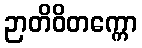
ဉာတိဝိတက္ကော